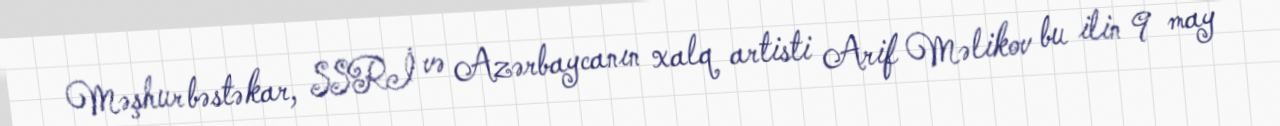
Məşhur bəstəkar, SSRİ və Azərbaycanın xalq artisti Arif Məlikov bu ilin 9 may